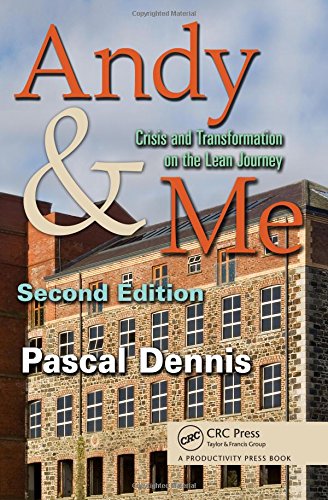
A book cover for Andy & Me, Second Edition: Crisis & Transformation on the Lean Journey; Pascal Dennis; Business & Money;